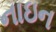
નાઇન